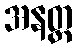
အနတ္တ